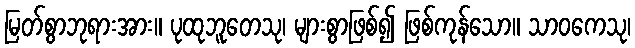
မြတ်စွာဘုရားအား။ ပုထုဘူတေသု၊ များစွာဖြစ်၍ ဖြစ်ကုန်သော။ သာဝကေသု၊